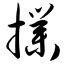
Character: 扑